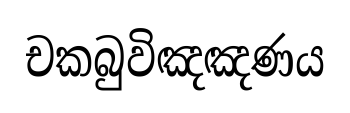
චකබුවිඤඤණය